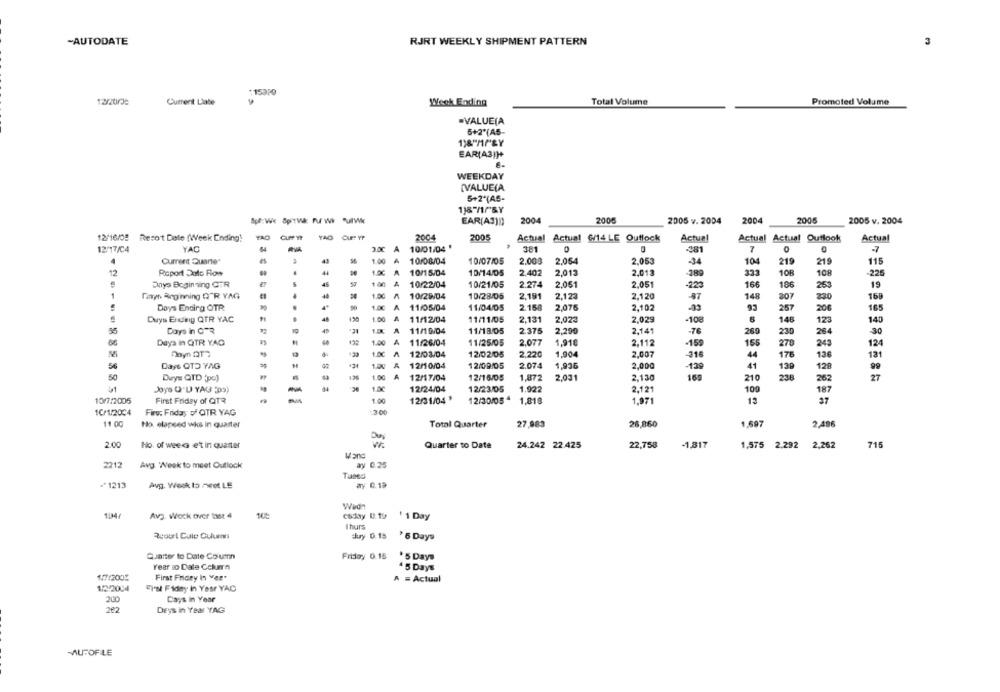
-AUTODATE
RJRT WEEKLY SHIPMENT PATTERN
:15310
13/2003
Current Llate
Week Ending
Total Volume
Promoted Volume
·VALUE(A
5+2'(A5-
1)&"M/"BY
EAR(43))+
WEEKDAY
[VALUE(A
5+2'(AS-
118 //"BY
EAR(AS)))
2004
2006
2005 v. 2004
2004
2005
2005 v. 2004
12/16/08 Resort Date (Week Ending!
YAO
GUPPY YAO CUPTYP
2004
2005
Actual Actual 6/14 LE Ouflock
Actual
Actual
Actual Outlook
Actual
12/17/04
YAC
3.0C A
10/01/04 '
381
-981
7
-7
Current Quante
43
1.00 A
10/08/04
10/07/05
2.008
2.054
2.053
-34
104
219
219
115
12
Report Dutc Flow
44
1.00 A 10/15/04
10/14/05
2.402
2,013
2,013
333
101
108
-225
Dnys Beginning CTR
.5
45
100
10/22/04
10/21/05
2.274
2.051
2.051
-223
166
186
19
263
1
Tinyyh Beginning QTR YAG
44
1.00 A
10/29/04
10/28/05
2.191
2.123
2.120
148
207
230
168
Doys Ending QTR
1.00 A
11/05/04
11/04/05
2.158
2,076
2,102
93
25
206
16
48
1.00
2,131
2.02€
2.029
Duys Ending QTR YAC
11/12/04
11/11/05
-108
6
146
123
140
Days in CTR
11/10/04
11/18/05
2.375
2,290
2,141
-76
260
230
264
30
66
Days in QTR YAC
1.00
A
11/26/04
11/25/05
2,077
1,91€
2.112
-159
155
270
243
124
1.00
12/03/04
12/02/05
2.22C
1.904
2.007
-316
44
175
126
181
54
Days QTD YAG
+34
12/10/04
12/09/05
2.074
1,936
2,000
-139
41
129
128
50
Duys QTD (po)
12%
1.00
A
12/17/04
12/16/05
1,872
2,031
2,130
165
210
238
262
27
41
Joye QUI YAG Ds)
1.00
12/24/04
12/23/05
1.922
2,121
100
187
10/7/2005
First Friday of QTR
1.00
12/31/04 '
12/30/054
1,818
1,971
37
1C/1/2004
Firv: Friday of QTR YAG
:30
11:00
Ho. elapeed wks in quarter
Total Quarter
27,983
26,860
1.697
2,486
22,758
-1,817
2.00
No. of wee G e't in quarter
DUCTI
Quarter to Date
24.242 22.425
1,575 2.292 2,262
715
2212
Avg. "Week to meet Outlock
ay 0.25
₩1213
Avg. Weak to meet LE
ay 10.19
Wedn
104/
Av2. Wock over last 4
1 1 Day
I hurs
Rcourt Cule Culumn
5 Days
Quarter to Date Column
Friday 0.18
*5 Days
Year to Date Column
45 Days
₦47/2005
First Pricey In Ver"
A = Actual
1/2/2004
Fi's Fiday In Yesr YAC
200
Cays in Year
282
DEys in Year YAG
MUFOFLE